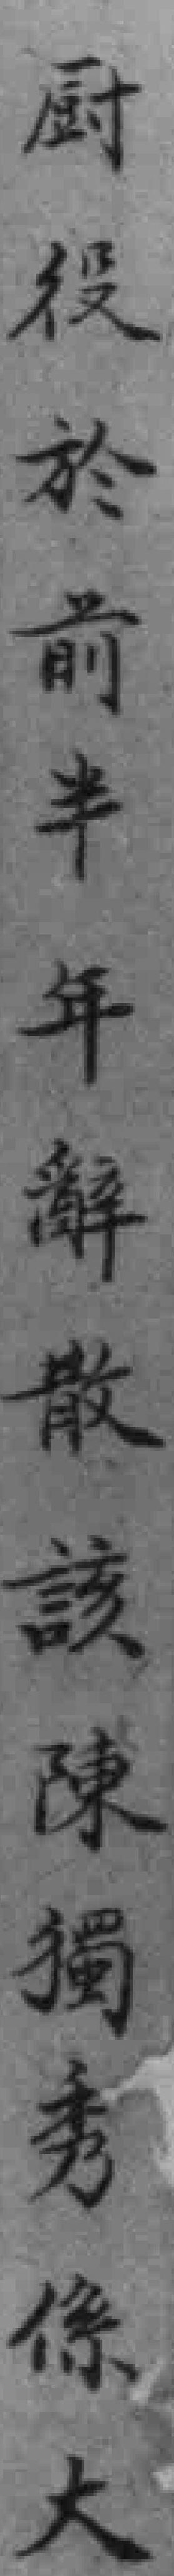
厨役於前半年辭散該陳獨秀係大